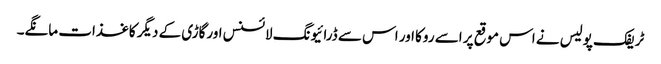
ٹریفک پولیس نے اس موقع پر اسے روکا اور اس سے ڈرائیونگ لائسنس اورگاڑی کے دیگر کاغذات مانگے۔